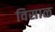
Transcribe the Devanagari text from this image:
विसाळ